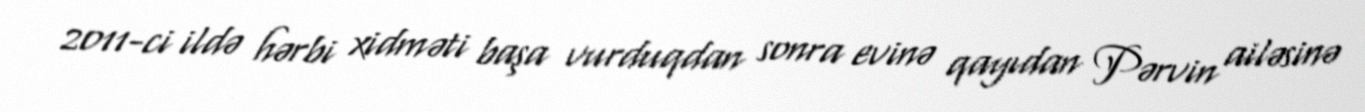
2011-ci ildə hərbi xidməti başa vurduqdan sonra evinə qayıdan Pərvin ailəsinə